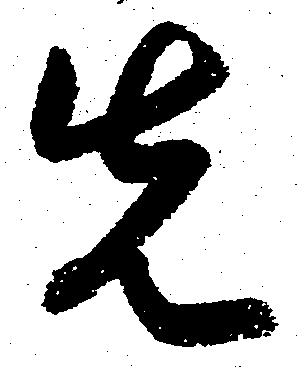
先